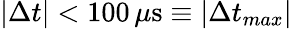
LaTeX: |\Delta t|<100\, \mu\mathrm{s}\equiv|\Delta t_{max}|